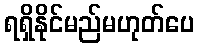
ရရှိနိုင်မည်မဟုတ်ပေ